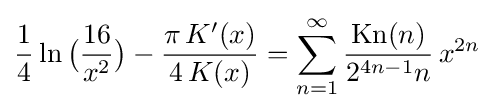
{\frac {1}{4}}\ln {\bigl (}{\frac {16}{x^{2}}}{\bigr )}-{\frac {\pi \,K'(x)}{4\,K(x)}}=\sum _{n=1}^{\infty }{\frac {{\text{Kn}}(n)}{2^{4n-1}n}}\,x^{2n}